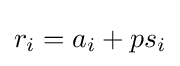
r_{i}=a_{i}+ps_{i}